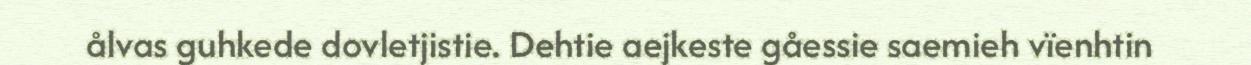
ålvas guhkede dovletjistie. Dehtie aejkeste gåessie saemieh vïenhtin